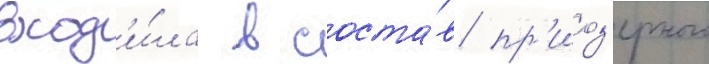
вход'и́ла в соста́в пр'иоз'ерного